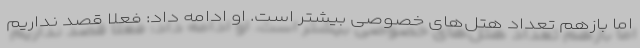
اما بازهم تعداد هتل‌های خصوصی بیشتر است. او ادامه داد: فعلا قصد نداریم